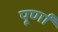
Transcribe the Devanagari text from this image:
पूर्णां